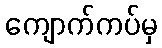
ကျောက်ကပ်မှ